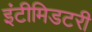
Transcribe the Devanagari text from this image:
इंटीमिडटरी